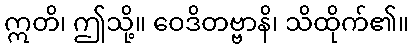
ဣတိ၊ ဤသို့။ ဝေဒိတဗ္ဗာနိ၊ သိထိုက်၏။